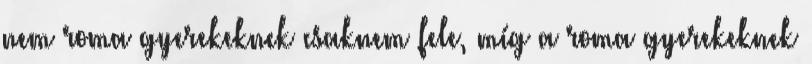
nem roma gyerekeknek csaknem fele, míg a roma gyerekeknek